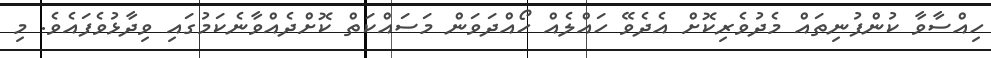
ހިއްސާވާ ކުންފުނިތައް މެދުވެރިކޮށް އެދެވޭ ހައްލެއް ހޯއްދަވަން މަސައްކަތް ކޮށްދެއްވާނެކަމުގައި ވިދާޅުވެފައެވެ. މި